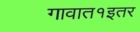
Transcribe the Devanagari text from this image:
गावात१इतर